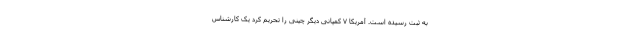
به ثبت رسیده است. آمریکا ۷ کمپانی دیگر چینی را تحریم کرد یک کارشناس